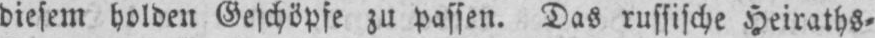
diesem holden Geschöpfe zu passen. Das russische Heiraths⸗